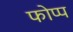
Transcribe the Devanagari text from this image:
फोप्प